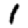
Digit: 1